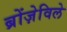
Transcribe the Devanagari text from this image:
ब्रोंज़ेविले